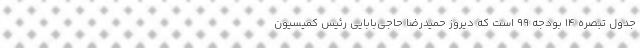
جدول تبصره ۱۴ بودجه ۹۹ است که دیروز حمیدرضا حاجی‌بابایی رئیس کمیسیون